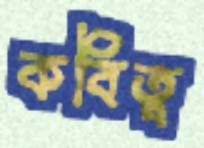
কবিত্ব